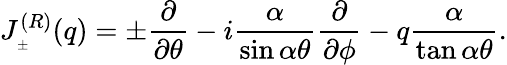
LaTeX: J_{_{\pm}}^{(R)}(q)=\pm\frac{\partial}{\partial\theta}-i\frac{\alpha}{\sin\alpha\theta}\frac{\partial}{\partial\phi}-q\frac{\alpha}{\tan\alpha\theta}.